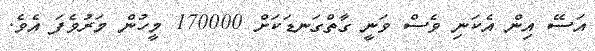
އަސޭ އިން އެކަނި ވެސް ވަނީ ގާތްގަނޑަކަށް 170000 މީހުން މަރުވެފަ އެވެ.